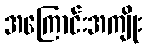
အကြောင်းအကျိုး